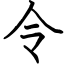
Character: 令